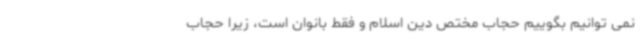
نمی توانیم بگوییم حجاب مختص دین اسلام و فقط بانوان است، زیرا حجاب